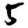
Digit: 5